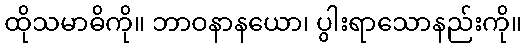
ထိုသမာဓိကို။ ဘာဝနာနယော၊ ပွါးရာသောနည်းကို။